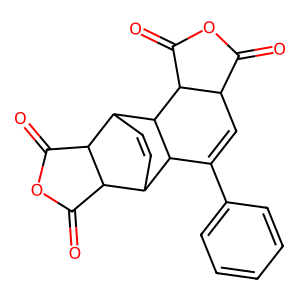
SMILES: O=C1OC(=O)C2C1C=C(c1ccccc1)C1C3C=CC(C4C(=O)OC(=O)C34)C21
Inhibits HIV replication: No